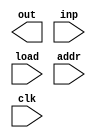
module RAM8(out,inp,load,addr,clk);
output [15:0]out;
input [15:0] inp;
input load,clk;
input [3:0] addr;
wire [15:0]min0,min1,min2,min3,min4,min6,min7;
wire [15:0] min0_bar,min1_bar,min2_bar,min3_bar,min4_bar,min5_bar,min6_bar,min7_bar;
//REGISTER_16BIT rg_16bit_0(min0,min0_bar,inp,load,clk);
//REGISTER_16BIT rg_16bit_1(min1,min1_bar,inp,load,clk);
//REGISTER_16BIT rg_16bit_2(min2,min2_bar,inp,load,clk);
//REGISTER_16BIT rg_16bit_3(min3,min3_bar,inp,load,clk);
//REGISTER_16BIT rg_16bit_4(min4,min4_bar,inp,load,clk);
//REGISTER_16BIT rg_16bit_5(min5,min5_bar,inp,load,clk);
//REGISTER_16BIT rg_16bit_6(min6,min6_bar,inp,load,clk);
//REGISTER_16BIT rg_16bit_7(min7,min7_bar,inp,load,clk);

//MUX_16BIT_8WAY mux8_16(out,min0,min1,min2,min3,min4,min6,min7,addr[0],addr[1],addr[2]);
endmodule